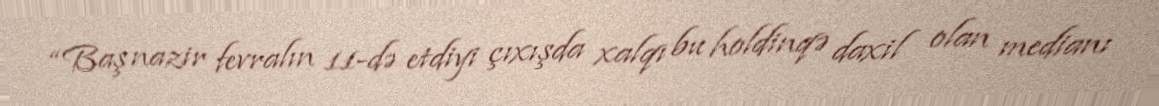
“Baş nazir fevralın 11-də etdiyi çıxışda xalqı bu holdinqə daxil olan medianı